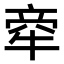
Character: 𤙺